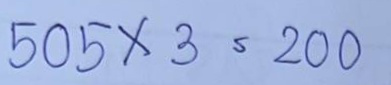
505 x 3 = 200